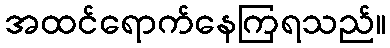
အထင်ရောက်နေကြရသည်။